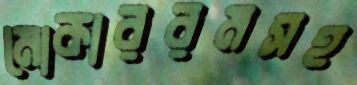
মোকাররমসহ